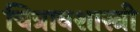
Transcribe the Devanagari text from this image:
चित्रावशास्त्री